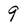
Character: 9